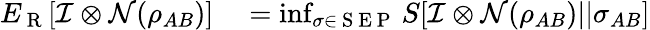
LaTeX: \begin{array}{rl}{E_{\mathrm{~R~}}[\mathcal{I}\otimes\mathcal{N}(\rho_{AB})]}&{{}=\operatorname*{inf}_{\sigma\in\mathrm{~S~E~P~}}S[\mathcal{I}\otimes\mathcal{N}(\rho_{AB})||\sigma_{AB}]}\end{array}